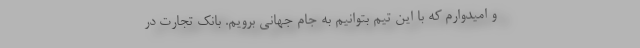
و امیدوارم که با این تیم بتوانیم به جام جهانی برویم. بانک تجارت در